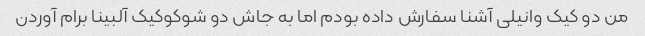
من دو کیک وانیلی آشنا سفارش داده بودم اما به جاش دو شوکوکیک آلبینا برام‌ آوردن